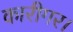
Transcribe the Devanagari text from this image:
कारीगर।